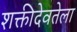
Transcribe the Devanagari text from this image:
शक्तीदेवतेला